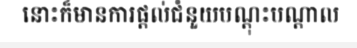
នោះក៏មានការផ្តល់ជំនួយបណ្តុះបណ្តាល